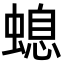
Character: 螅